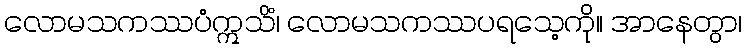
လောမသကဿပံဣသိံ၊ လောမသကဿပရသေ့ကို။ အာနေတွာ၊